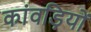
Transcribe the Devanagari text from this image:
कांवड़ियों